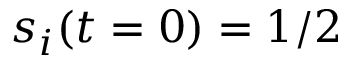
s _ { i } ( t = 0 ) = 1 / 2